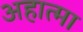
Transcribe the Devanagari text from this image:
अहात्मा